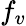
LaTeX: f_{v}